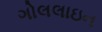
ગોલલાઇન